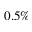
0 . 5 \%